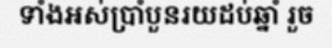
ទាំងអស់ប្រាំបួនរយដប់ឆ្នាំ រួច